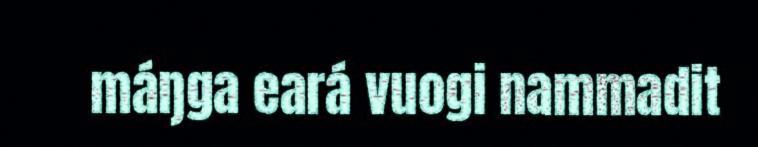
máŋga eará vuogi nammadit